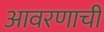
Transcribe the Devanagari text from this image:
आवरणाची